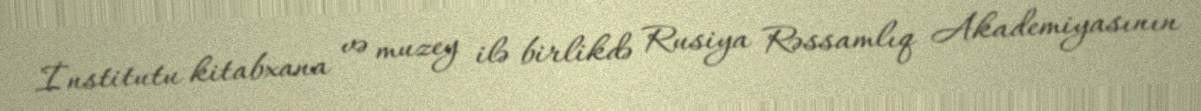
İnstitutu kitabxana və muzey ilə birlikdə Rusiya Rəssamlıq Akademiyasının